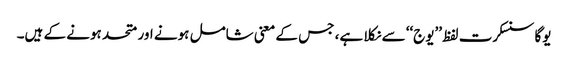
یوگا سنسکرت لفظ ’’یوج‘‘ سے نکلا ہے، جس کے معنی شامل ہونے اور متحد ہونے کے ہیں۔